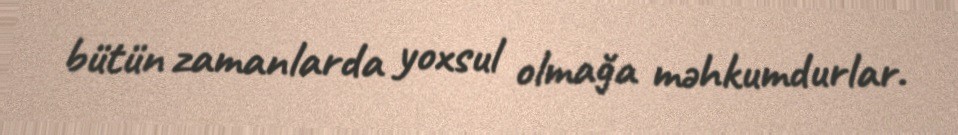
bütün zamanlarda yoxsul olmağa məhkumdurlar.